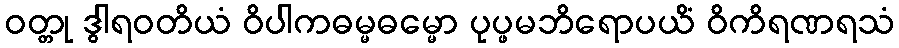
ဝတ္တု ဒွါရဝတိယံ ဝိပါကဓမ္မဓမ္မော ပုပ္ဖမဘိရောပယိံ ဝိကိရဏရသံ